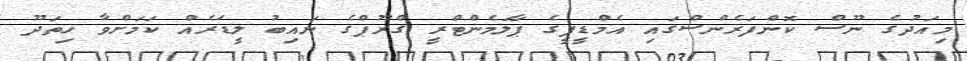
މިއަދުގެ ނޫސް ކޮންފަރެންސްގައި އެމްޑީޕީގެ ޕާލަމެންޓްރީ ގްރޫޕްގެ ނައިބު ލީޑަރެއް ކަމަށްވާ ހިތަދޫ